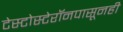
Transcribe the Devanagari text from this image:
टेस्टोस्टेरॉनपासूनही